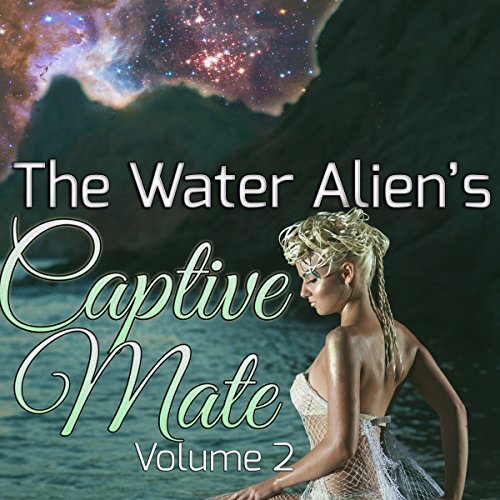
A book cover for The Water Alien's Captive Mate: Volume 2: A Science Fiction Alpha Steamy Romance Series; Ally Enne; Romance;